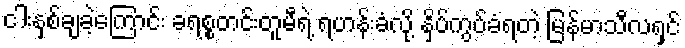
ငါးနှစ်ချခဲ့ကြောင်း ခရစ္စတင်းတူမီရဲ့ ရဟန်းခံလို့ နှိပ်ကွပ်ခံရတဲ့ မြန်မာသီလရှင်